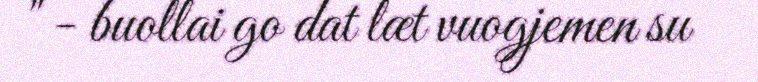
" - buollai go dat læt vuogjemen su